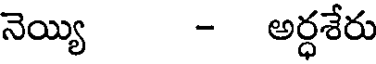
నెయ్యి - అర్ధశేరు